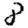
Digit: 8